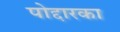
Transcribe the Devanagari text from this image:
पोद्दारका